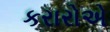
કરારોએ